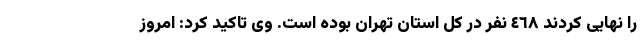
را نهایی کردند ٤٦٨ نفر در کل استان تهران بوده است. وی تاکید کرد: امروز